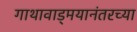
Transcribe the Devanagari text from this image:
गाथावाड्मयानंतरच्या